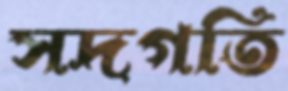
সদগতি